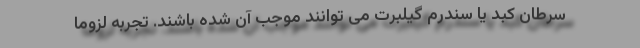
سرطان کبد یا سندرم گیلبرت می توانند موجب آن شده باشند. تجربه لزوما